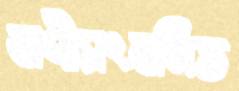
বাণীসংবলিত